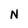
Character: N